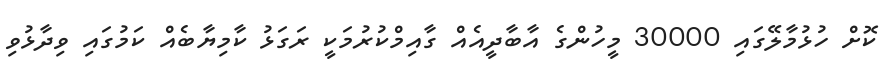
ކޮށް ހުޅުމާލޭގައި 30000 މީހުންގެ އާބާދީއެއް ގާއިމްކުރުމަކީ ރަގަޅު ކާމިޔާބެއް ކަމުގައި ވިދާޅުވި